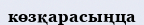
көзқарасыңца